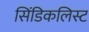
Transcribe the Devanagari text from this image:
सिंडिकलिस्ट